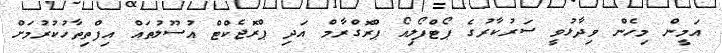
އަމީން މިހެން ވިދާޅުވީ ސަރުކާރުގެ ޕޯޓްފޯލިއޯ ޕްރޮގްރާމް އަދި ޕްރޮޖެކްޓް އުސޫލުތައް އިފްތިތާހުކުރުމަށް